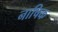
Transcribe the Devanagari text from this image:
नाषिक